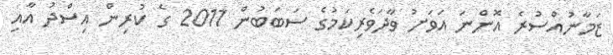
ޒަމާނުއްސުރެ އޮންނަ އަވަށު ވާދަވެރިކަމުގެ ސަބަބުން 2011 ގެ ކުރިން އިސްދު އާއި